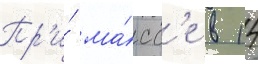
Пр'и́ ма́сс'е в 14